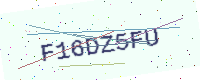
Text: F16DZ5FU